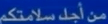
من أحد سلاستكى